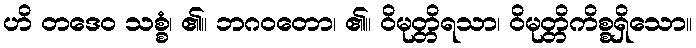
ဟိ တဒေဝ သစ္စံ၊ ၏။ ဘဂဝတော၊ ၏။ ဝိမုတ္တိရသာ၊ ဝိမုတ္တိကိစ္စရှိသော။